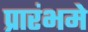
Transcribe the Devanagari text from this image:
प्रारंभमे